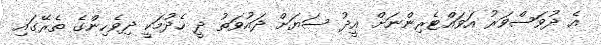
އެ ދުވަސްވަރު އަވައްޓެރިންނަށް އީދު ސަޔަށް ދައުވަތު ދީ ހެދުމަކީ ދިވެހިންގެ ތެރޭގައި